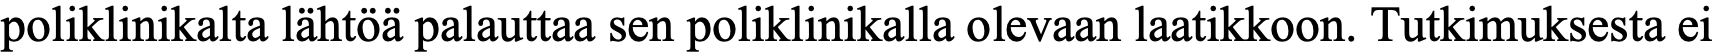
poliklinikalta lähtöä palauttaa sen poliklinikalla olevaan laatikkoon. Tutkimuksesta ei